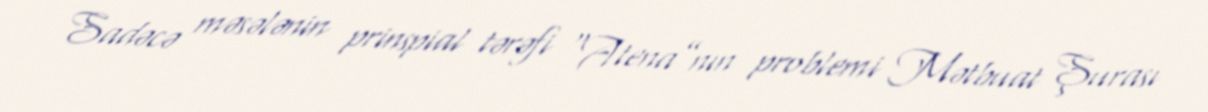
Sadəcə məsələnin prinspial tərəfi “Atena”nın problemi Mətbuat Şurası